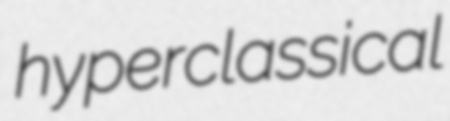
hyperclassical